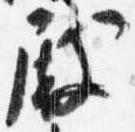
殿